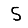
Digit: 5